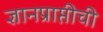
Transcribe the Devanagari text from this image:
ज्ञानप्राप्तीची